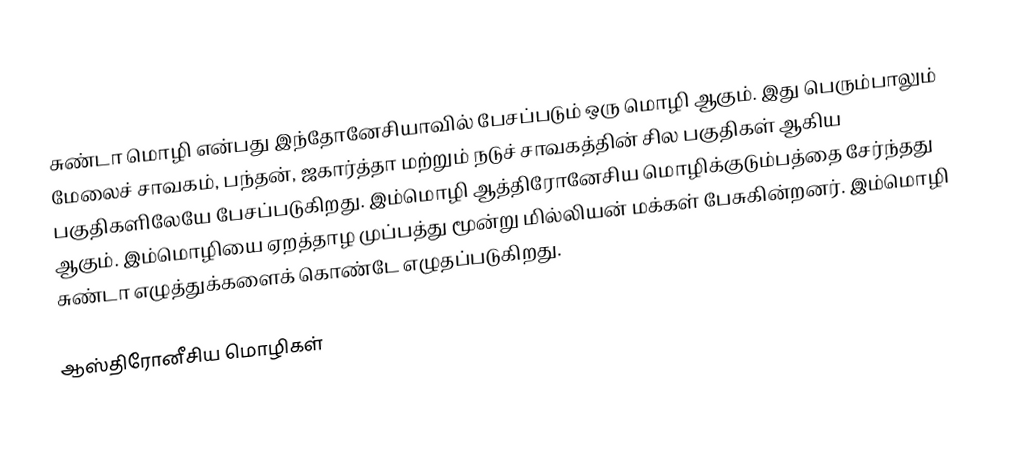
சுண்டா மொழி என்பது இந்தோனேசியாவில் பேசப்படும் ஒரு மொழி ஆகும். இது பெரும்பாலும் மேலைச் சாவகம், பந்தன், ஜகார்த்தா மற்றும் நடுச் சாவகத்தின் சில பகுதிகள் ஆகிய பகுதிகளிலேயே பேசப்படுகிறது. இம்மொழி ஆத்திரோனேசிய மொழிக்குடும்பத்தை சேர்ந்தது ஆகும். இம்மொழியை ஏறத்தாழ முப்பத்து மூன்று மில்லியன் மக்கள் பேசுகின்றனர். இம்மொழி சுண்டா எழுத்துக்களைக் கொண்டே எழுதப்படுகிறது.

ஆஸ்திரோனீசிய மொழிகள்